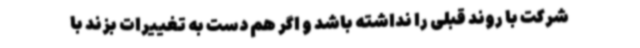
شرکت با روند قبلی را نداشته باشد و اگر هم دست به تغییرات بزند با